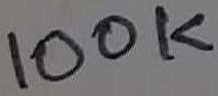
Text: 100K